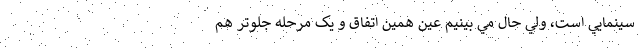
سينمايي است، ولي حال مي بينيم عين همين اتفاق و يک مرحله جلوتر هم